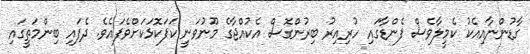
ގާޑުންނާއިއެކު ކެމީލާވެސް ފެންޑާގައި ހުރިއިރު ބިރުންގޮސް އެކުއްޖާގެ މޫނުވަނީ ކަފަކޮޅަކަށްވެފައެވެ. ދެފައި ބިންމަތީގައި